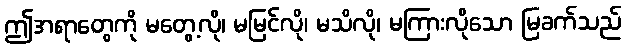
ဤအရာတွေကို မတွေ့လို၊ မမြင်လို၊ မသိလို၊ မကြားလိုသော မြခက်သည်